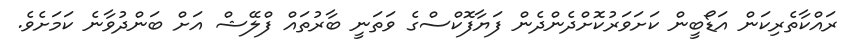
ރައްކާތެރިކަން އަޑޯބީން ކަށަަވަރުކޮށްދެންދެން ފަޔާފޮކްސްގެ ވަތަނީ ބާރުތައް ފްލޭޝް އަށް ބަންދުވާނެ ކަމަށެވެ.